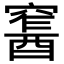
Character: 𨢛